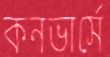
কনভার্সে